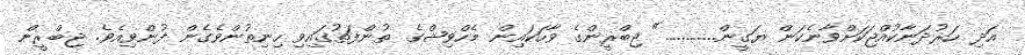
އަދި ހަރުދަނާކުއްޖަކަށްވާނެކަން ޔަގީން............" ޖިބްރީންގެ ވާހަކައިން މެހްވިޝްގެ ތުންފަތުގައިވި ހިނިތުންވެގެން ފުންވިއެވެ. ޖިބްރީން